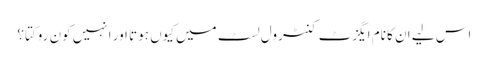
اس لیے ان کا نام ایگزٹ کنٹرول لسٹ میں کیوں ہوتا اور انہیں کون روکتا؟